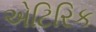
એટિરિક